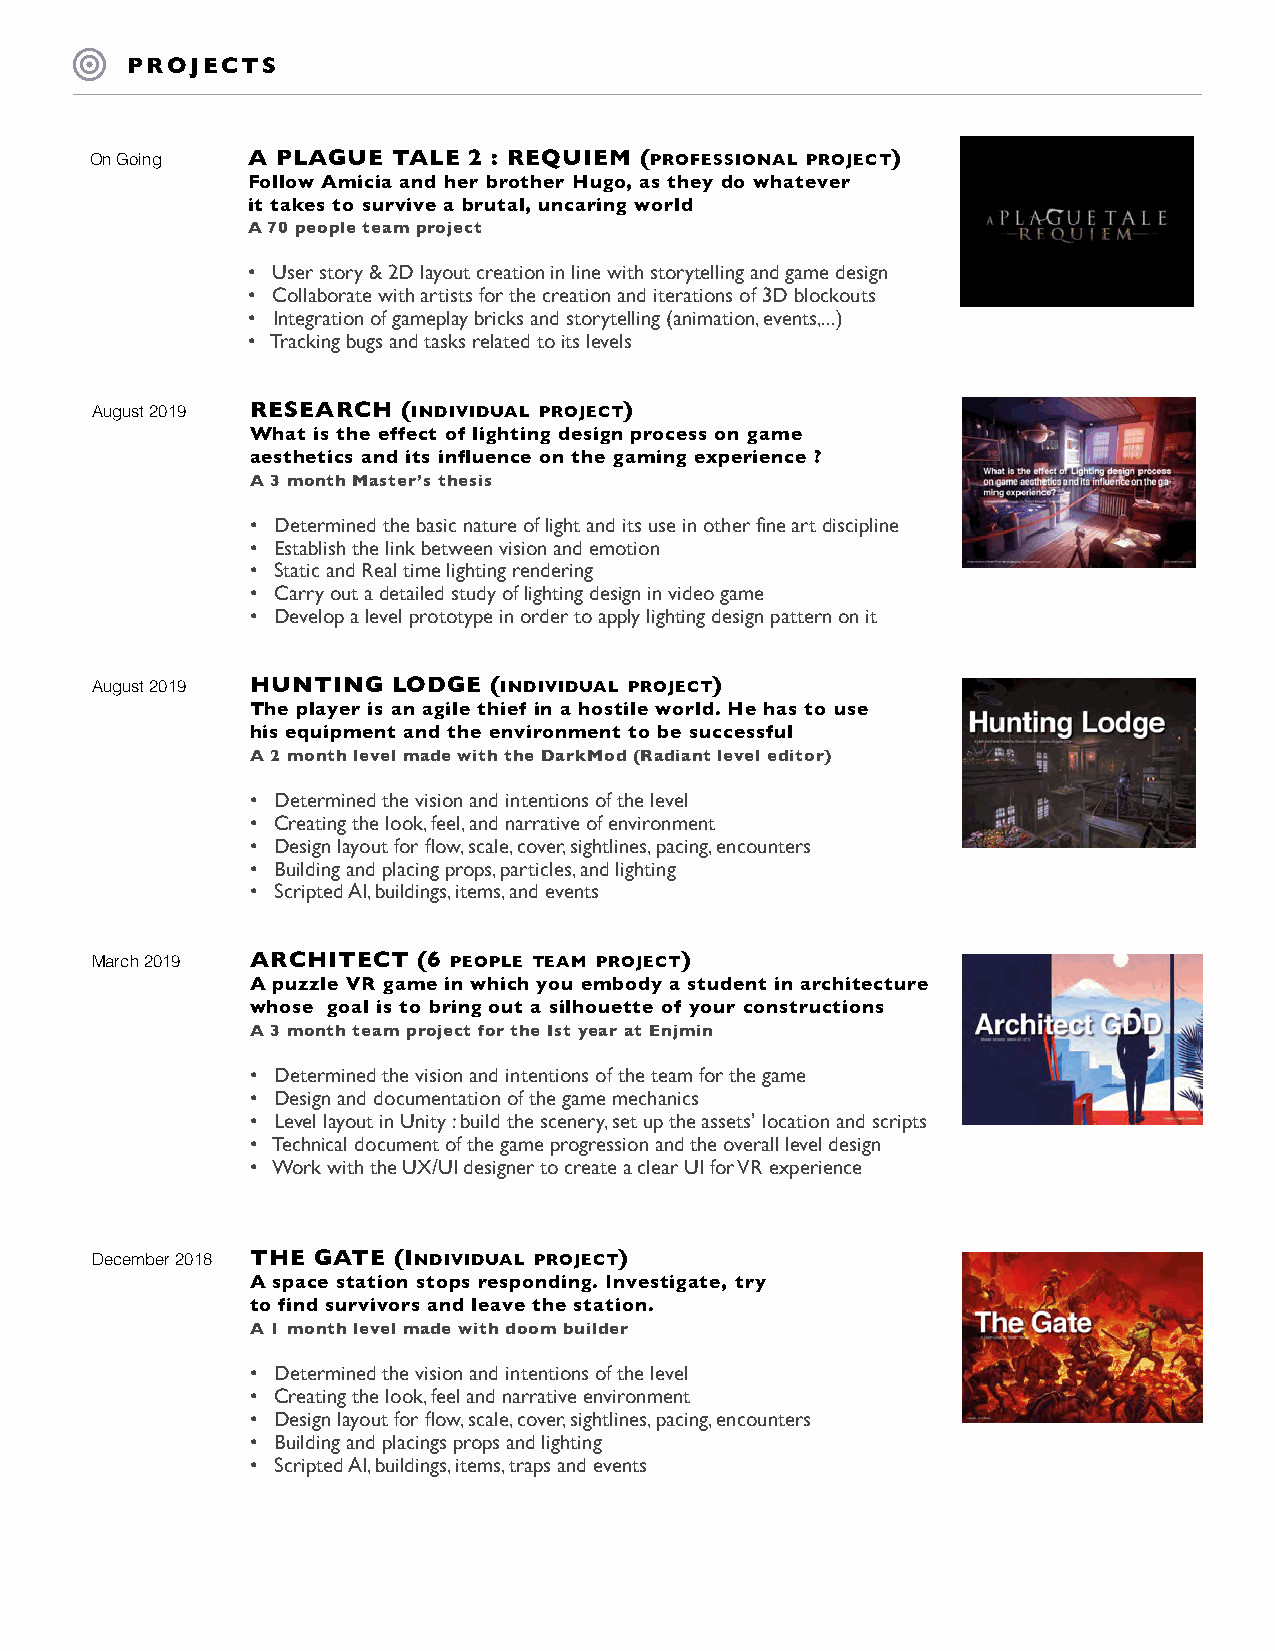
PROJECTS
 On Going  A PLAGUE  TALE 2 : REQUIEM (professIonal project)
 Follow Amicia and her brother Hugo, as they do whatever
 it takes to survive a brutal, uncaring world
 A 70 people team project
 • User story & 2D layout creation in line with storytelling and game design
 • Collaborate with artists for the creation and iterations of 3D blockouts
 • Integration of gameplay bricks and storytelling (animation, events,...)
 • Tracking bugs and tasks related to its levels
 August 2019 RESEARCH (IndIvIdual project)
 What is the effect of lighting design process on game
 aesthetics and its influence on the gaming experience ?
 A 3 month Master’s thesis
 • Determined the basic nature of light and its use in other fine art discipline
 • Establish the link between vision and emotion
 • Static and Real time lighting rendering
 • Carry out a detailed study of lighting design in video game
 • Develop a level prototype in order to apply lighting design pattern on it
 August 2019 HUNTING LODGE (IndIvIdual project)
 The player is an agile thief in a hostile world. He has to use
 his equipment and the environment to be successful
 A 2 month level made with the DarkMod (Radiant level editor)
 • Determined the vision and intentions of the level
 • Creating the look, feel, and narrative of environment
 • Design layout for flow, scale, cover, sightlines, pacing, encounters
 • Building and placing props, particles, and lighting
 • Scripted AI, buildings, items, and events
 March 2019 ARCHITECT  (6 people team project)
 A puzzle VR game in which you embody a student in architecture
 whose goal is to bring out a silhouette of your constructions
 A 3 month team project for the Ist year at Enjmin
 • Determined the vision and intentions of the team for the game
 • Design and documentation of the game mechanics
 • Level layout in Unity : build the scenery, set up the assets’ location and scripts
 • Technical document of the game progression and the overall level design
 • Work with the UX/UI designer to create a clear UI for VR experience
 December 2018 THE GATE (IndIvIdual project)
 A space station stops responding. Investigate, try
 to find survivors and leave the station.
 A 1 month level made with doom builder
 • Determined the vision and intentions of the level
 • Creating the look, feel and narrative environment
 • Design layout for flow, scale, cover, sightlines, pacing, encounters
 • Building and placings props and lighting
 • Scripted AI, buildings, items, traps and events